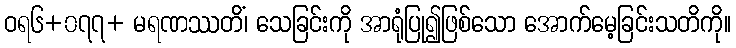
ဝရ၆+၀၇၇+ မရဏဿတိံ၊ သေခြင်းကို အာရုံပြု၍ဖြစ်သော အောက်မေ့ခြင်းသတိကို။